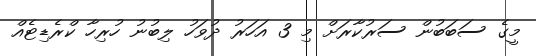
މީގެ ސަބަބުން ސަރުކާރަށް މި 3 އަހަރު ދުވަހު ލިބުނު ހުރިހާ ކްރެޑިޓެއް